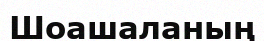
Шоашаланың